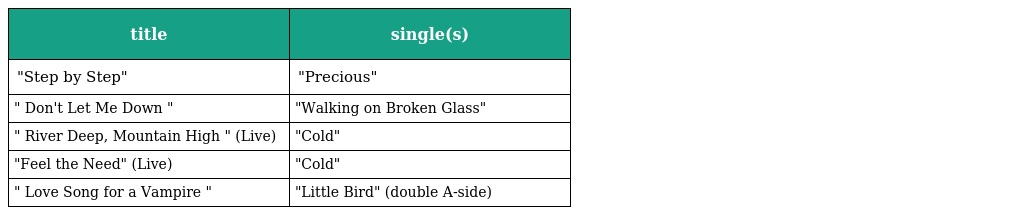
| title | single(s) |
 | --- | --- |
 | "Step by Step" | "Precious" |
 | " Don't Let Me Down " | "Walking on Broken Glass" |
 | " River Deep, Mountain High " (Live) | "Cold" |
 | "Feel the Need" (Live) | "Cold" |
 | " Love Song for a Vampire " | "Little Bird" (double A-side) |